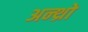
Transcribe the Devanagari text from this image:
अन्थ्रो